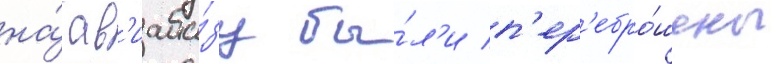
на́ ав'иаба́зу бы́л'и п'ер'ебро́шены